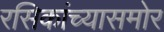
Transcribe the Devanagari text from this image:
रसिकांच्यासमोर